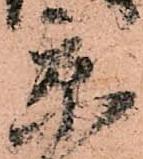
京